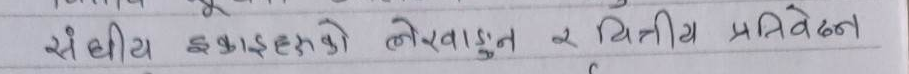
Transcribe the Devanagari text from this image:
संघीय इकाईहरुको लेखाङ्कन र वित्तीय प्रतिवेदन